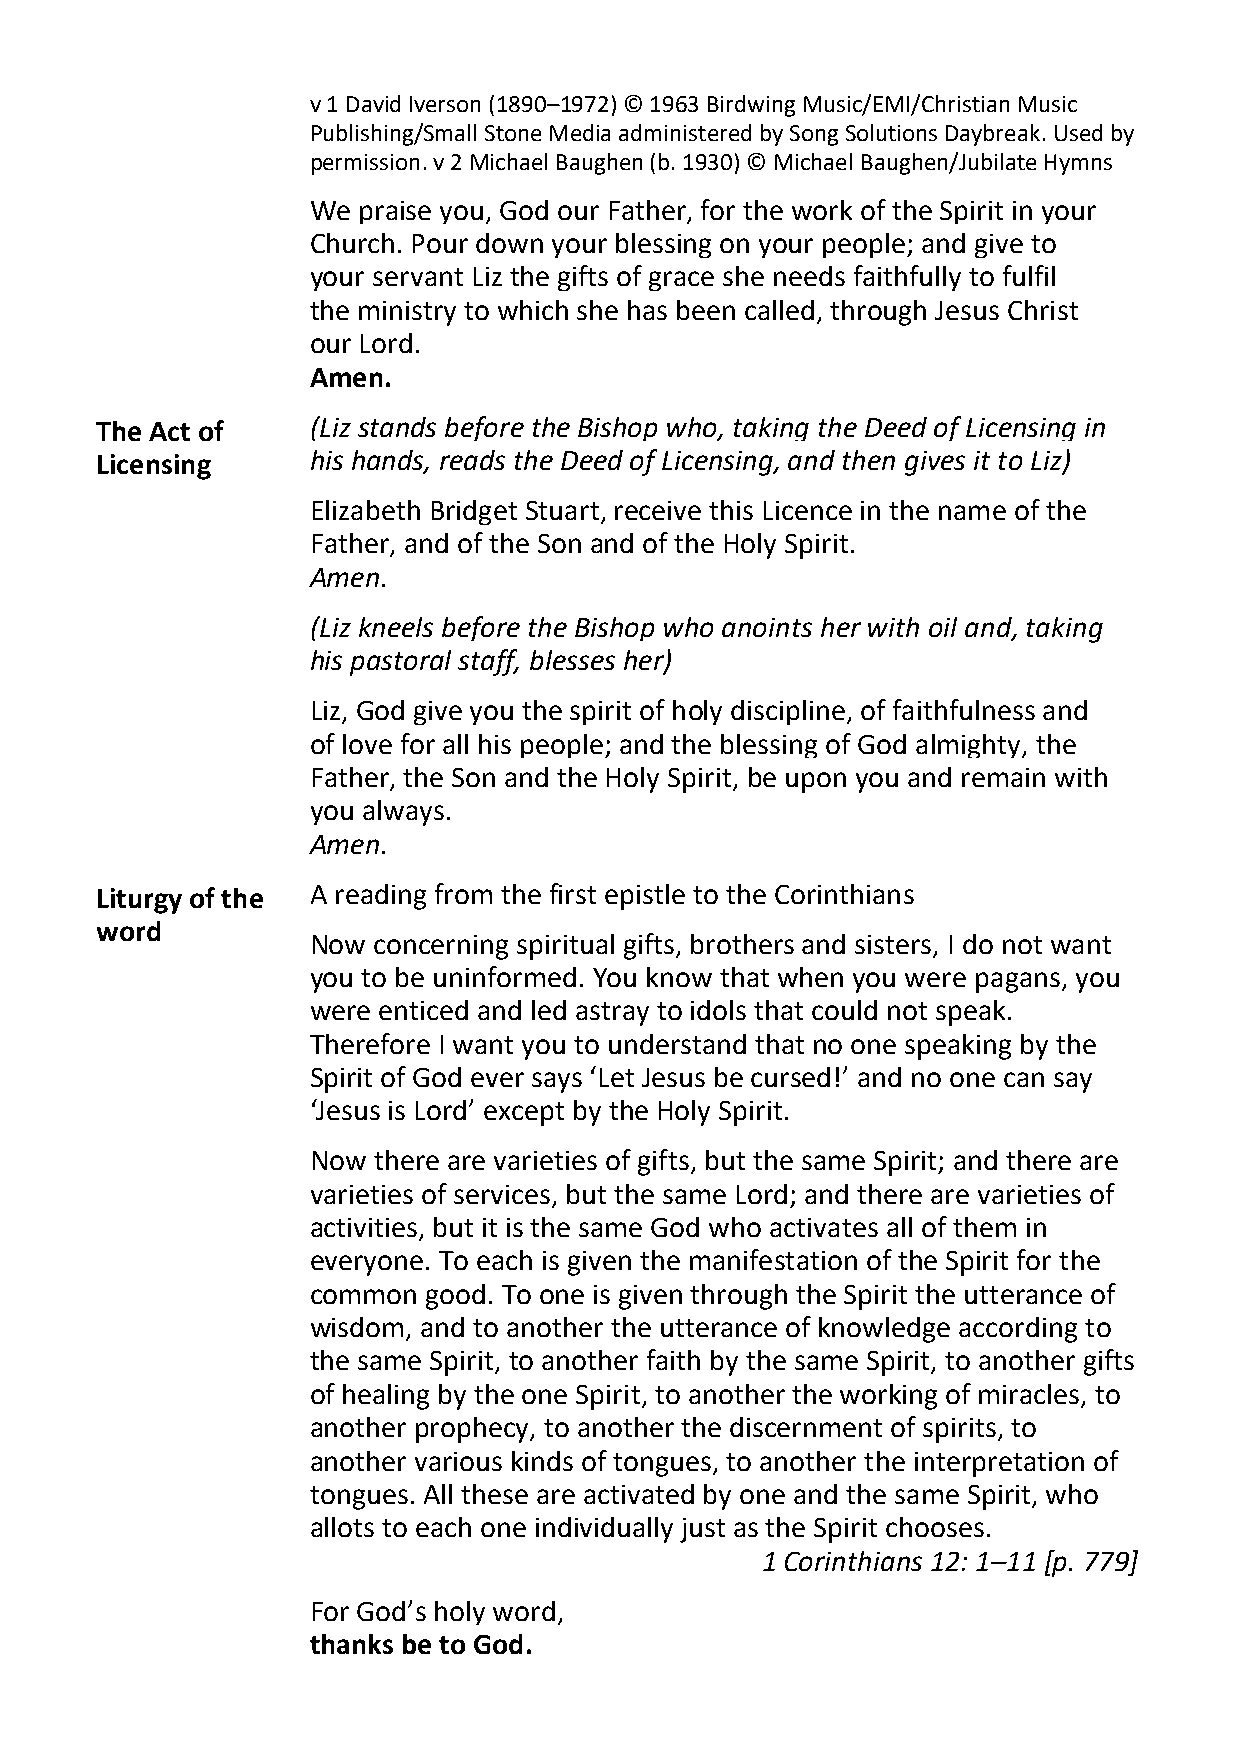
v 1 David Iverson (1890–1972) © 1963 Birdwing Music/EMI/Christian Music
 Publishing/Small Stone Media administered by Song Solutions Daybreak. Used by
 permission. v 2 Michael Baughen (b. 1930) © Michael Baughen/Jubilate Hymns
 We  praise you, God our Father, for the work of the Spirit in your
 Church. Pour down your blessing on your people; and give to
 your servant Liz the gifts of grace she needs faithfully to fulfil
 the ministry to which she has been called, through Jesus Christ
 our Lord.
 Amen.
 The Act of    (Liz stands before the Bishop who, taking the Deed of Licensing in
 Licensing     his hands, reads the Deed of Licensing, and then gives it to Liz)
 Elizabeth Bridget Stuart, receive this Licence in the name of the
 Father, and of the Son and of the Holy Spirit.
 Amen.
 (Liz kneels before the Bishop who anoints her with oil and, taking
 his pastoral staff, blesses her)
 Liz, God give you the spirit of holy discipline, of faithfulness and
 of love for all his people; and the blessing of God almighty, the
 Father, the Son and the Holy Spirit, be upon you and remain with
 you always.
 Amen.
 Liturgy of the A reading from the first epistle to the Corinthians
 word
 Now  concerning spiritual gifts, brothers and sisters, I do not want
 you to be uninformed. You know that when you were pagans, you
 were enticed and led astray to idols that could not speak.
 Therefore I want you to understand that no one speaking by the
 Spirit of God ever says ‘Let Jesus be cursed!’ and no one can say
 ‘Jesus is Lord’ except by the Holy Spirit.
 Now  there are varieties of gifts, but the same Spirit; and there are
 varieties of services, but the same Lord; and there are varieties of
 activities, but it is the same God who activates all of them in
 everyone. To each is given the manifestation of the Spirit for the
 common  good. To one is given through the Spirit the utterance of
 wisdom, and to another the utterance of knowledge according to
 the same Spirit, to another faith by the same Spirit, to another gifts
 of healing by the one Spirit, to another the working of miracles, to
 another prophecy, to another the discernment of spirits, to
 another various kinds of tongues, to another the interpretation of
 tongues. All these are activated by one and the same Spirit, who
 allots to each one individually just as the Spirit chooses.
 1 Corinthians 12: 1–11 [p. 779]
 For God’s holy word,
 thanks be to God.